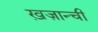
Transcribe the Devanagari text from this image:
ख़ज़ान्ची